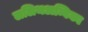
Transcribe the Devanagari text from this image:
ललिथअम्बिका